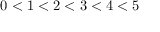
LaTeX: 0 < 1 < 2 < 3 < 4 < 5